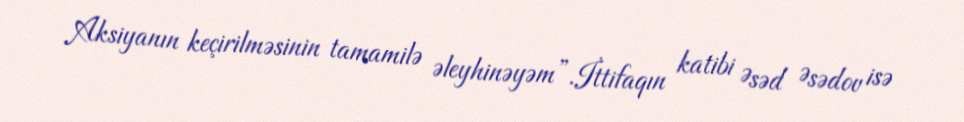
Aksiyanın keçirilməsinin tamamilə əleyhinəyəm”.İttifaqın katibi Əsəd Əsədov isə